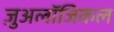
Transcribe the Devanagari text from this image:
ज़ुअलॉजिकल